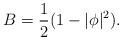
LaTeX: \begin{align*}B=\frac{1}{2}(1-|\phi |^{2}).\end{align*}